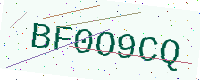
Text: BF0O9CQ